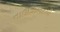
તાઉઝિઅટથી